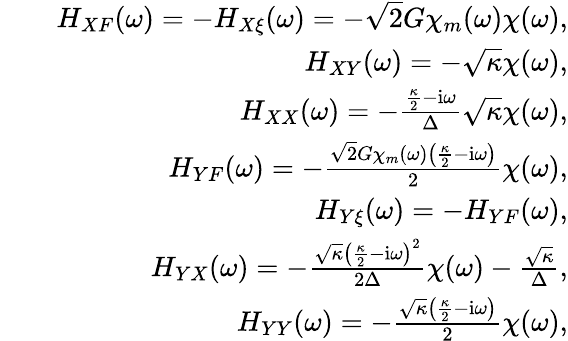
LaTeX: \begin{array}{rlr}&{}&{H_{XF}(\omega)=-H_{X\xi}(\omega)=-\sqrt{2}G\chi_{m}(\omega)\chi(\omega),}\\ &{}&{H_{XY}(\omega)=-\sqrt{\kappa}\chi(\omega),}\\ &{}&{H_{XX}(\omega)=-\frac{\frac{\kappa}{2}-\mathrm{i}\omega}{\Delta}\sqrt{\kappa}\chi(\omega),}\\ &{}&{H_{YF}(\omega)=-\frac{\sqrt{2}G\chi_{m}(\omega)\left(\frac{\kappa}{2}-\mathrm{i}\omega\right)}{2}\chi(\omega),}\\ &{}&{H_{Y\xi}(\omega)=-H_{YF}(\omega),}\\ &{}&{H_{YX}(\omega)=-\frac{\sqrt{\kappa}\left(\frac{\kappa}{2}-\mathrm{i}\omega\right)^{2}}{2\Delta}\chi(\omega)-\frac{\sqrt{\kappa}}{\Delta},}\\ &{}&{H_{YY}(\omega)=-\frac{\sqrt{\kappa}\left(\frac{\kappa}{2}-\mathrm{i}\omega\right)}{2}\chi(\omega),}\end{array}